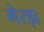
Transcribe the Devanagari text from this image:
गेरड़ा